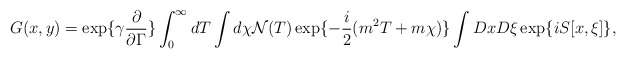
\begin{align*}G(x,y)= \exp\{\gamma \frac{\partial}{\partial \Gamma} \}\int_0^\infty dT \int d\chi {\cal N}(T) \exp\{-\frac{i}{2} (m^2 T +m \chi)\}\int Dx D\xi \exp\{i S[x,\xi]\},\end{align*}